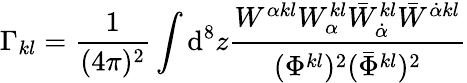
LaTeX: \Gamma_{kl}=\frac{1}{(4\pi)^{2}}\int\mathrm{d}^{8}z\frac{W^{\alpha kl}W_{\alpha}^{kl}\bar{W}_{\dot{\alpha}}^{kl}\bar{W}^{\dot{\alpha}kl}}{(\Phi^{kl})^{2}(\bar{\Phi}^{kl})^{2}}